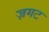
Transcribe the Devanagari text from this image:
ज़गट